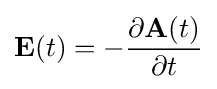
{\textbf {E}}(t)=-{\frac {\partial {\textbf {A}}(t)}{\partial t}}